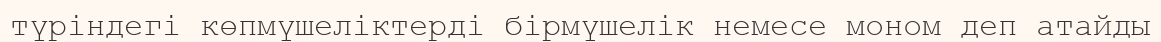
түріндегі көпмүшеліктерді бірмүшелік немесе моном деп атайды